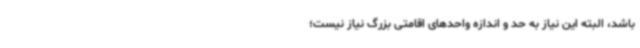
باشد، البته این نیاز به حد و اندازه واحدهای اقامتی بزرگ نیاز نیست؛